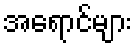
အရောင်များ